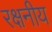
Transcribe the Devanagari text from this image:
रक्षनीय